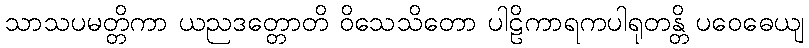
သာသပမတ္တိကာ ယညဒတ္တောတိ ဝိသေသိတော ပါဠိကာရကပါရုတန္တိ ပဝေဓေယျ